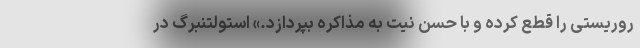
روریستی را قطع کرده و با حسن نیت به مذاکره بپردازد.» استولتنبرگ در